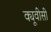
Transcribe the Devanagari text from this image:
क्यूवीसी